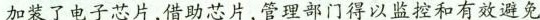
加装了电子芯片，借助芯片，管理部门得以监控和有效避免